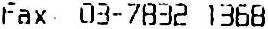
FAX 03-7832 1368